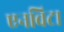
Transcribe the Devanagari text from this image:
एनविटा